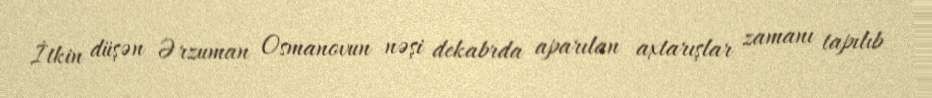
İtkin düşən Ərzuman Osmanovun nəşi dekabrda aparılan axtarışlar zamanı tapılıb